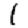
Digit: 1